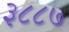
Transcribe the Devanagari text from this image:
३८८७